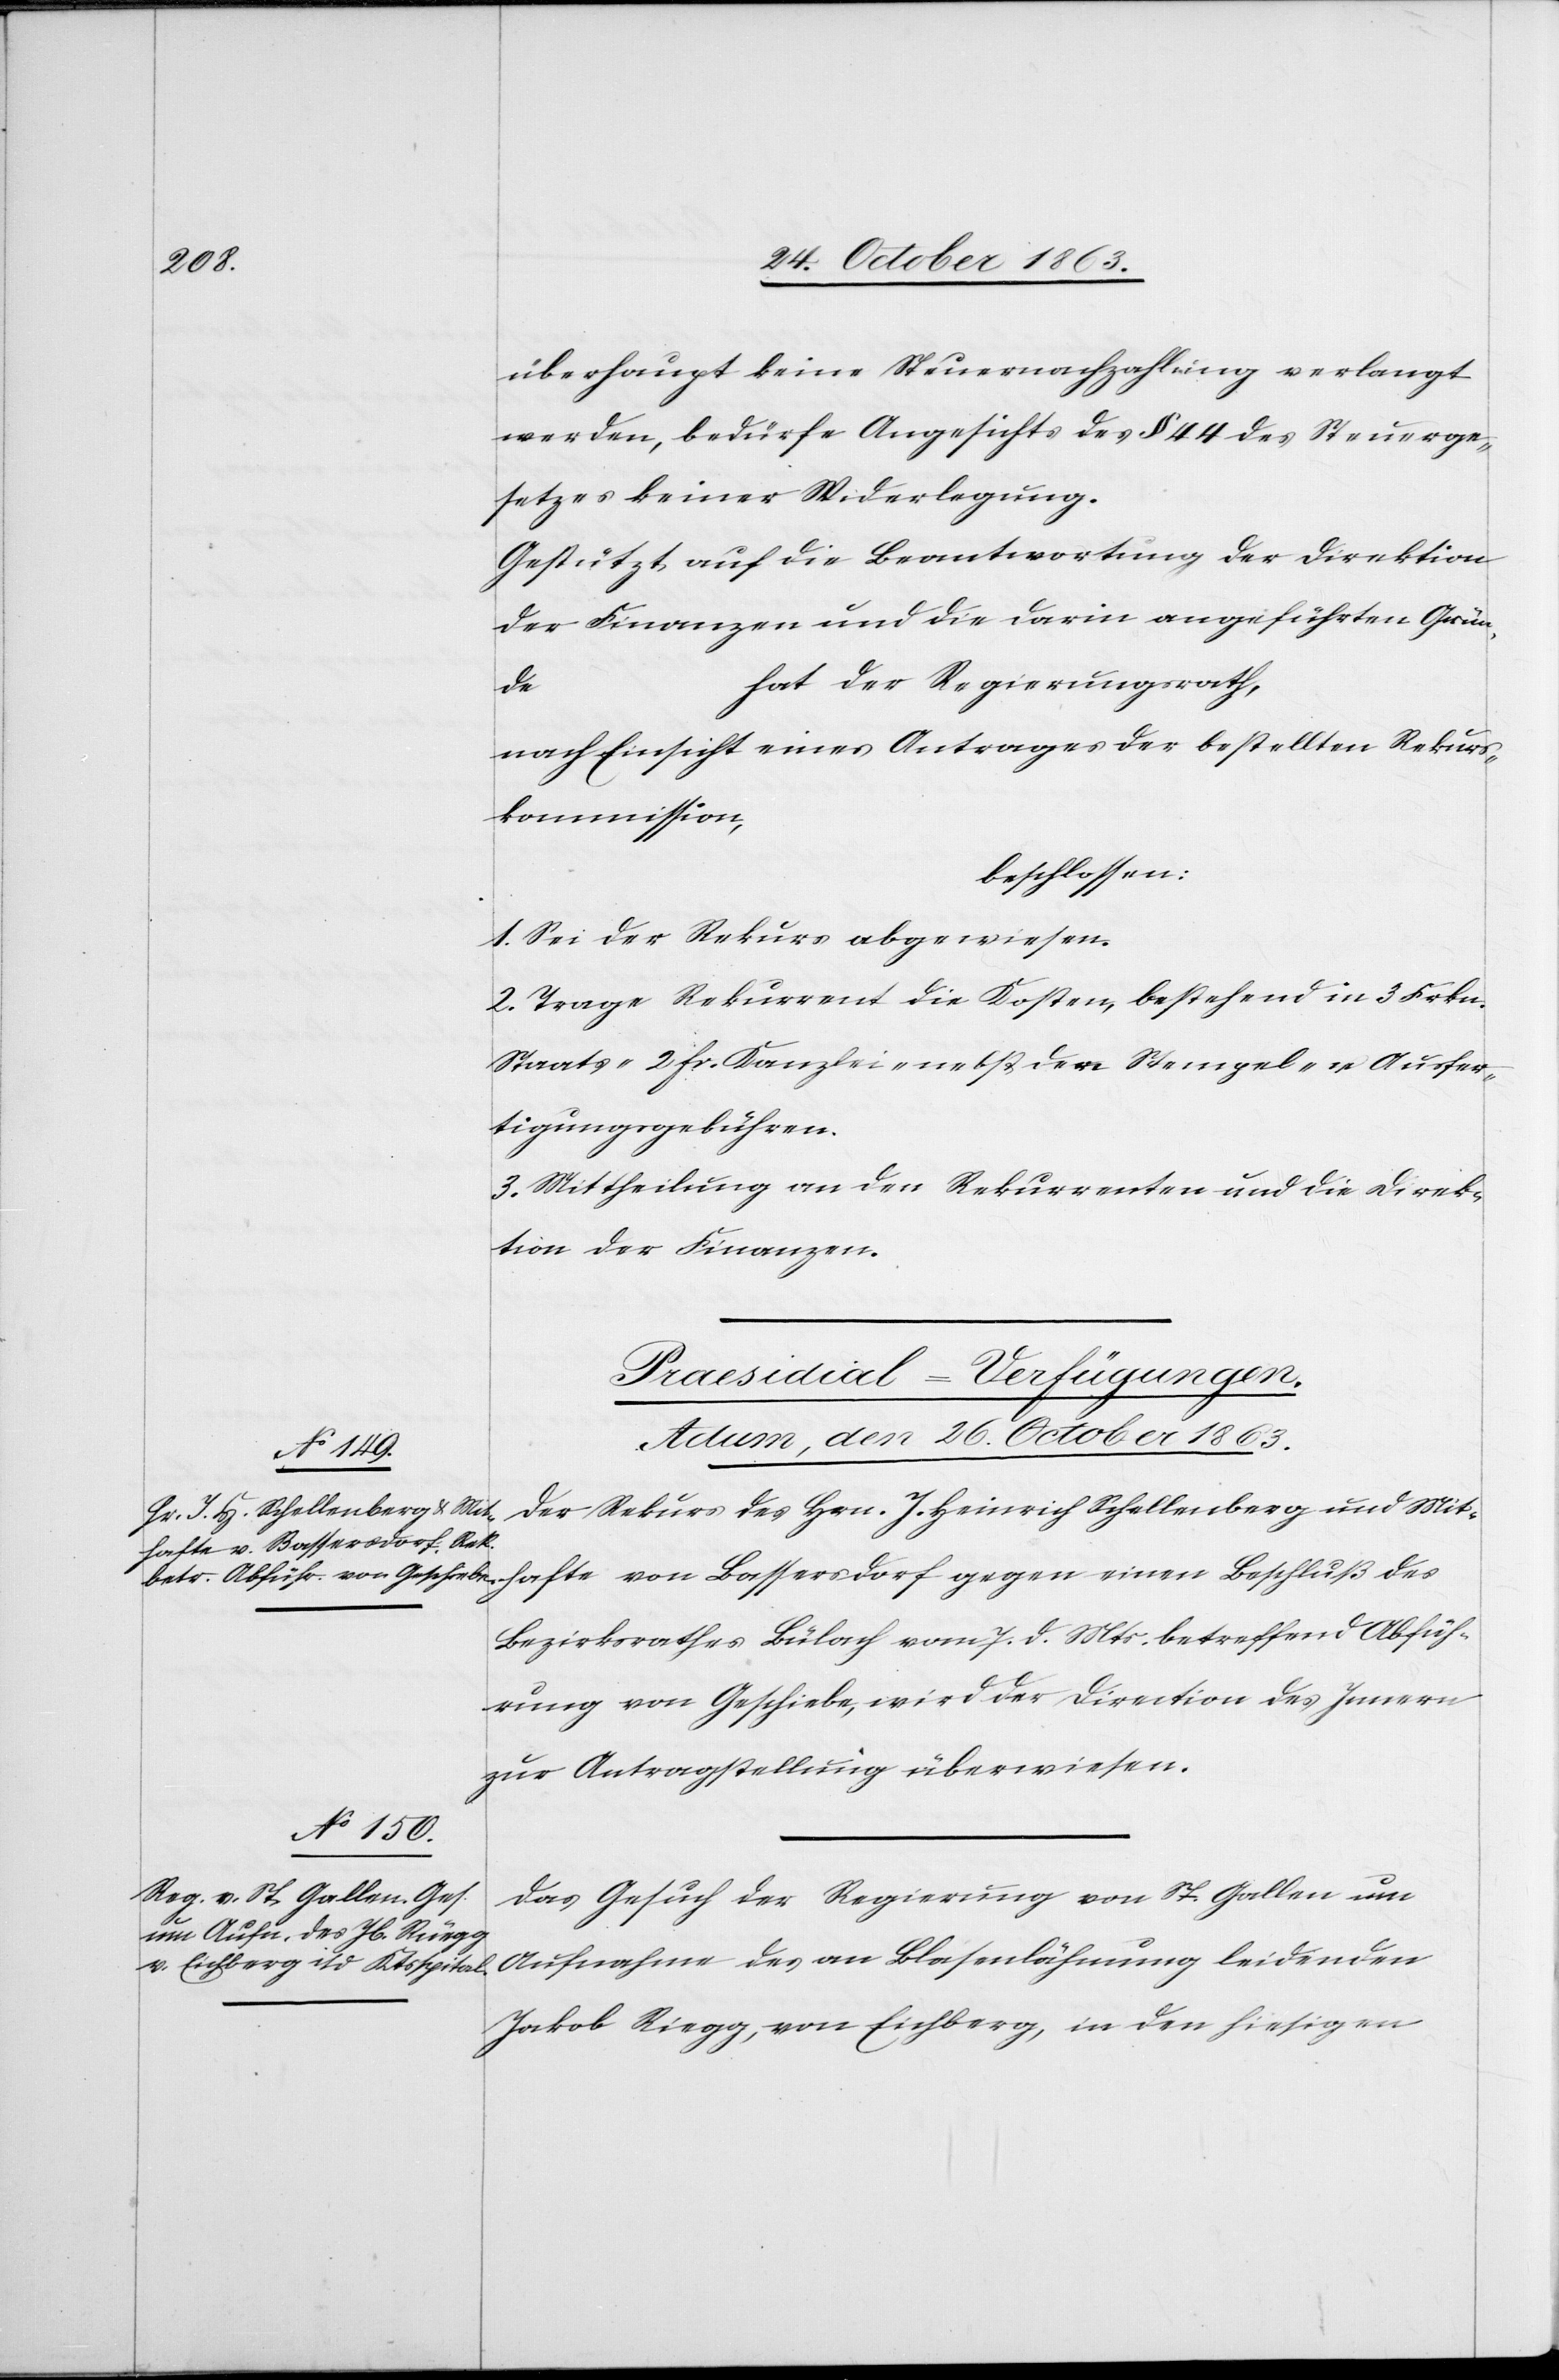
überhaupt keine Steuernachzahlung verlangt
werden, bedürfe Angesichts des § 44 des Steuerge¬
setzes keiner Widerlegung.
Gestützt auf die Beantwortung der Direktion
der Finanzen und die darin angeführten Grün¬
hat der Regierungsrath,
des
nach Einsicht eines Antrages der bestellten Rekurs¬
kommission,
beschlossen:
1. Sei der Rekurs abgewiesen.
2. Trage Rekurrent die Kosten, bestehend in 3 Frkn.
Staats-[,] 2 fr. Kanzlei- nebst den Stempel- u. Ausfer¬
tigungsgebühren.
3. Mittheilung an den Rekurrenten und die Direk¬
tion der Finanzen.
[Praesidial-Verfügungen.
Actum, den 26. October 1863.]
Der Rekurs des Hrn. J. Heinrich Schellenberg und Mit¬
hafte von Bassersdorf gegen einen Beschluß des
Bezirksrathes Bülach vom 7. d. Mts. betreffend Abfüh¬
rung von Geschiebe, wird der Direction des Innern
zur Antragstellung überwiesen.
Das Gesuch der Regierung von St. Gallen um
Jakob Riegg, von Eichberg, in den hiesigen